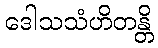
ဒေါသသံဟိတန္တိ